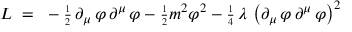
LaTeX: { \cal L } ~ = ~ - { \scriptstyle \frac { 1 } { 2 } } \, \partial _ { \mu } \, \varphi \, \partial ^ { \mu } \, \varphi - { \scriptstyle \frac { 1 } { 2 } } m ^ { 2 } \varphi ^ { 2 } - { \scriptstyle \frac { 1 } { 4 } } \, \lambda \, \left( \partial _ { \mu } \, \varphi \, \partial ^ { \mu } \, \varphi \right) ^ { 2 }